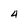
Character: 4